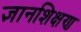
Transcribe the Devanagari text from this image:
ज्ञानशिक्षण